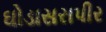
ઘોડાસરાપીર